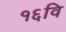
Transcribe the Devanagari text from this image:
१६वि